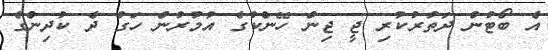
އެ ބޯޓުން ދަތުރުކުރި ޖީ ޖިން ހޭންކުގެ އުމުރުން ހަގު ދެ ކުދިންގެ